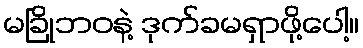
မခြိုဘဝနဲ့ ဒုက်ခမရှာဖို့ပေါ့။